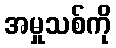
အမှုသစ်ကို